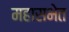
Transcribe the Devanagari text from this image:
महासभेत